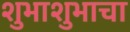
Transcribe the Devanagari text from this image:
शुभाशुभाचा